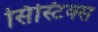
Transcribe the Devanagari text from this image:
सिस्टिक्स